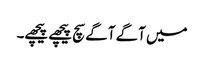
میں آگے آگے سچ پیچھے پیچھے۔